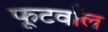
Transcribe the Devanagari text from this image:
फूटवाँल